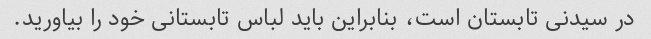
در سیدنی تابستان است، بنابراین باید لباس تابستانی خود را بیاورید.